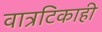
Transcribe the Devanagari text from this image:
वात्रटिकाही